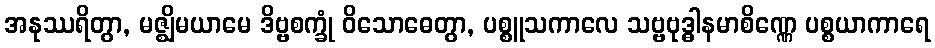
အနုဿရိတွာ, မဇ္ဈိမယာမေ ဒိဗ္ဗစက္ခုံ ဝိသောဓေတွာ, ပစ္စူသကာလေ သဗ္ဗဗုဒ္ဓါနမာစိဏ္ဏေ ပစ္စယာကာရေ